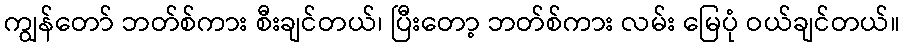
ကျွန်တော် ဘတ်စ်ကား စီးချင်တယ်၊ ပြီးတော့ ဘတ်စ်ကား လမ်း မြေပုံ ဝယ်ချင်တယ်။